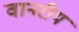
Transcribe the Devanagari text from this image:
वानरीय